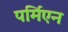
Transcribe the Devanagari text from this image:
पर्मिएन